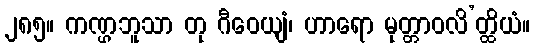
၂၈၅။ ကဏ္ဌဘူသာ တု ဂီဝေယျံ၊ ဟာရော မုတ္တာဝလိ’တ္ထိယံ။